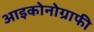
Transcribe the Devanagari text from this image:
आइकोनोग्राफी